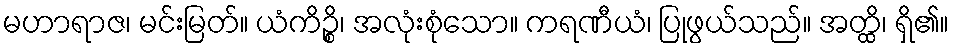
မဟာရာဇ၊ မင်းမြတ်။ ယံကိဉ္စိ၊ အလုံးစုံသော။ ကရဏီယံ၊ ပြုဖွယ်သည်။ အတ္ထိ၊ ရှိ၏။